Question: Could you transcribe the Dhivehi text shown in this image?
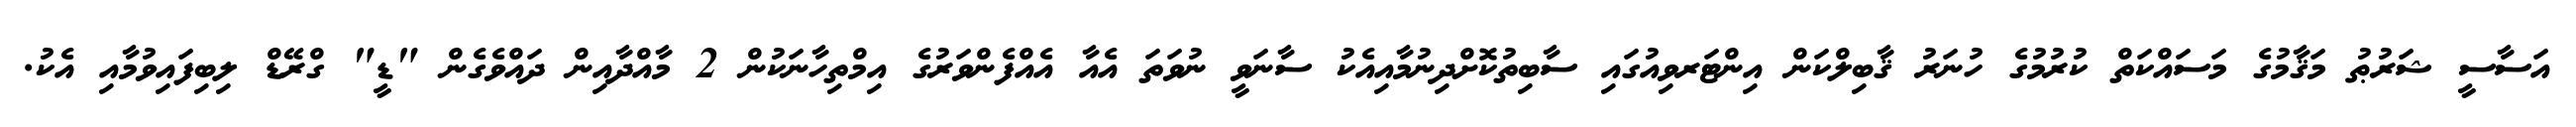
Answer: އަސާސީ ޝަރުޠު މަޤާމުގެ މަސައްކަތް ކުރުމުގެ ހުނަރު ޤާބިލްކަން އިންޓަރވިއުގައި ސާބިތުކޮށްދިނުމާއިއެކު ސާނަވީ ނުވަތަ އެއާ އެއްފެންވަރުގެ އިމްތިހާނަކުން 2 މާއްދާއިން ދައްވެގެން "ޑީ" ގްރޭޑް ލިބިފައިވުމާއި އެކު.